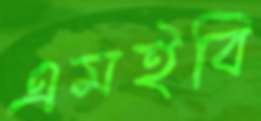
এমইবি